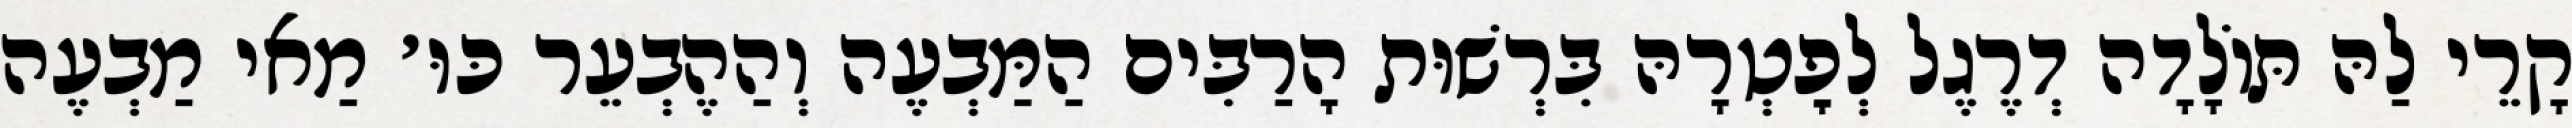
קָרֵי לַהּ תּוֹלָדָה דְרֶגֶל לְפׇטְרָהּ בִּרְשׁוּת הָרַבִּים הַמַּבְעֶה וְהַהֶבְעֵר כּוּ׳ מַאי מַבְעֶה